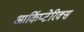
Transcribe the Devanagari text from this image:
आर्किप्टेरिक्स